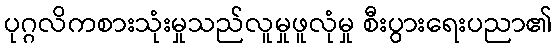
ပုဂ္ဂလိကစားသုံးမှုသည်လူမှုဖူလုံမှု စီးပွားရေးပညာ၏